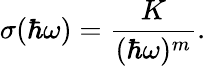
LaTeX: \sigma(\hbar\omega)=\frac{K}{(\hbar\omega)^{m}}.